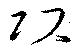
項